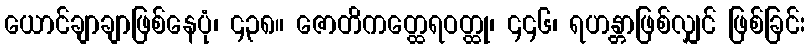
ယောင်ချာချာဖြစ်နေပုံ၊ ၄၃၈။ ဇောတိကတ္ထေရဝတ္ထု၊ ၄၄၆၊ ရဟန္တာဖြစ်လျှင် ဖြစ်ခြင်း